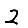
Digit: 2